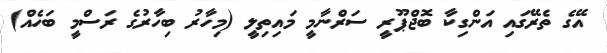
އޭގެ ތެރޭގައި އަންގިކާ ބޮޖްޕޫރީ ސަރްނާމީ މައިތިލީ (މިހާރު ބިހާރުގެ ރަސްމީ ބަހެއް)